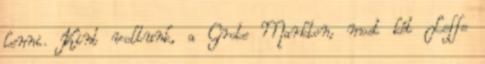
lenni. Kint voltunk, a Grote Markton, most két Leffe